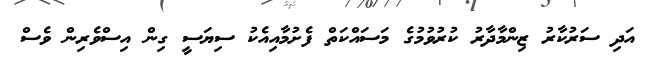
އަދި ސަރުކާރު ޒިންމާދާރު ކުރުވުމުގެ މަސައްކަތް ފެށުމާއިއެކު ސިޔަސީ ގިން އިސްވެރިން ވެސް